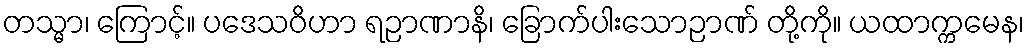
တသ္မာ၊ ကြောင့်။ ပဒေသဝိဟာ ရဉာဏာနိ၊ ခြောက်ပါးသောဉာဏ် တို့ကို။ ယထာက္ကမေန၊